NAE_EAA_T-354_Tartu_Tamme_Gumnaasium, lk 87
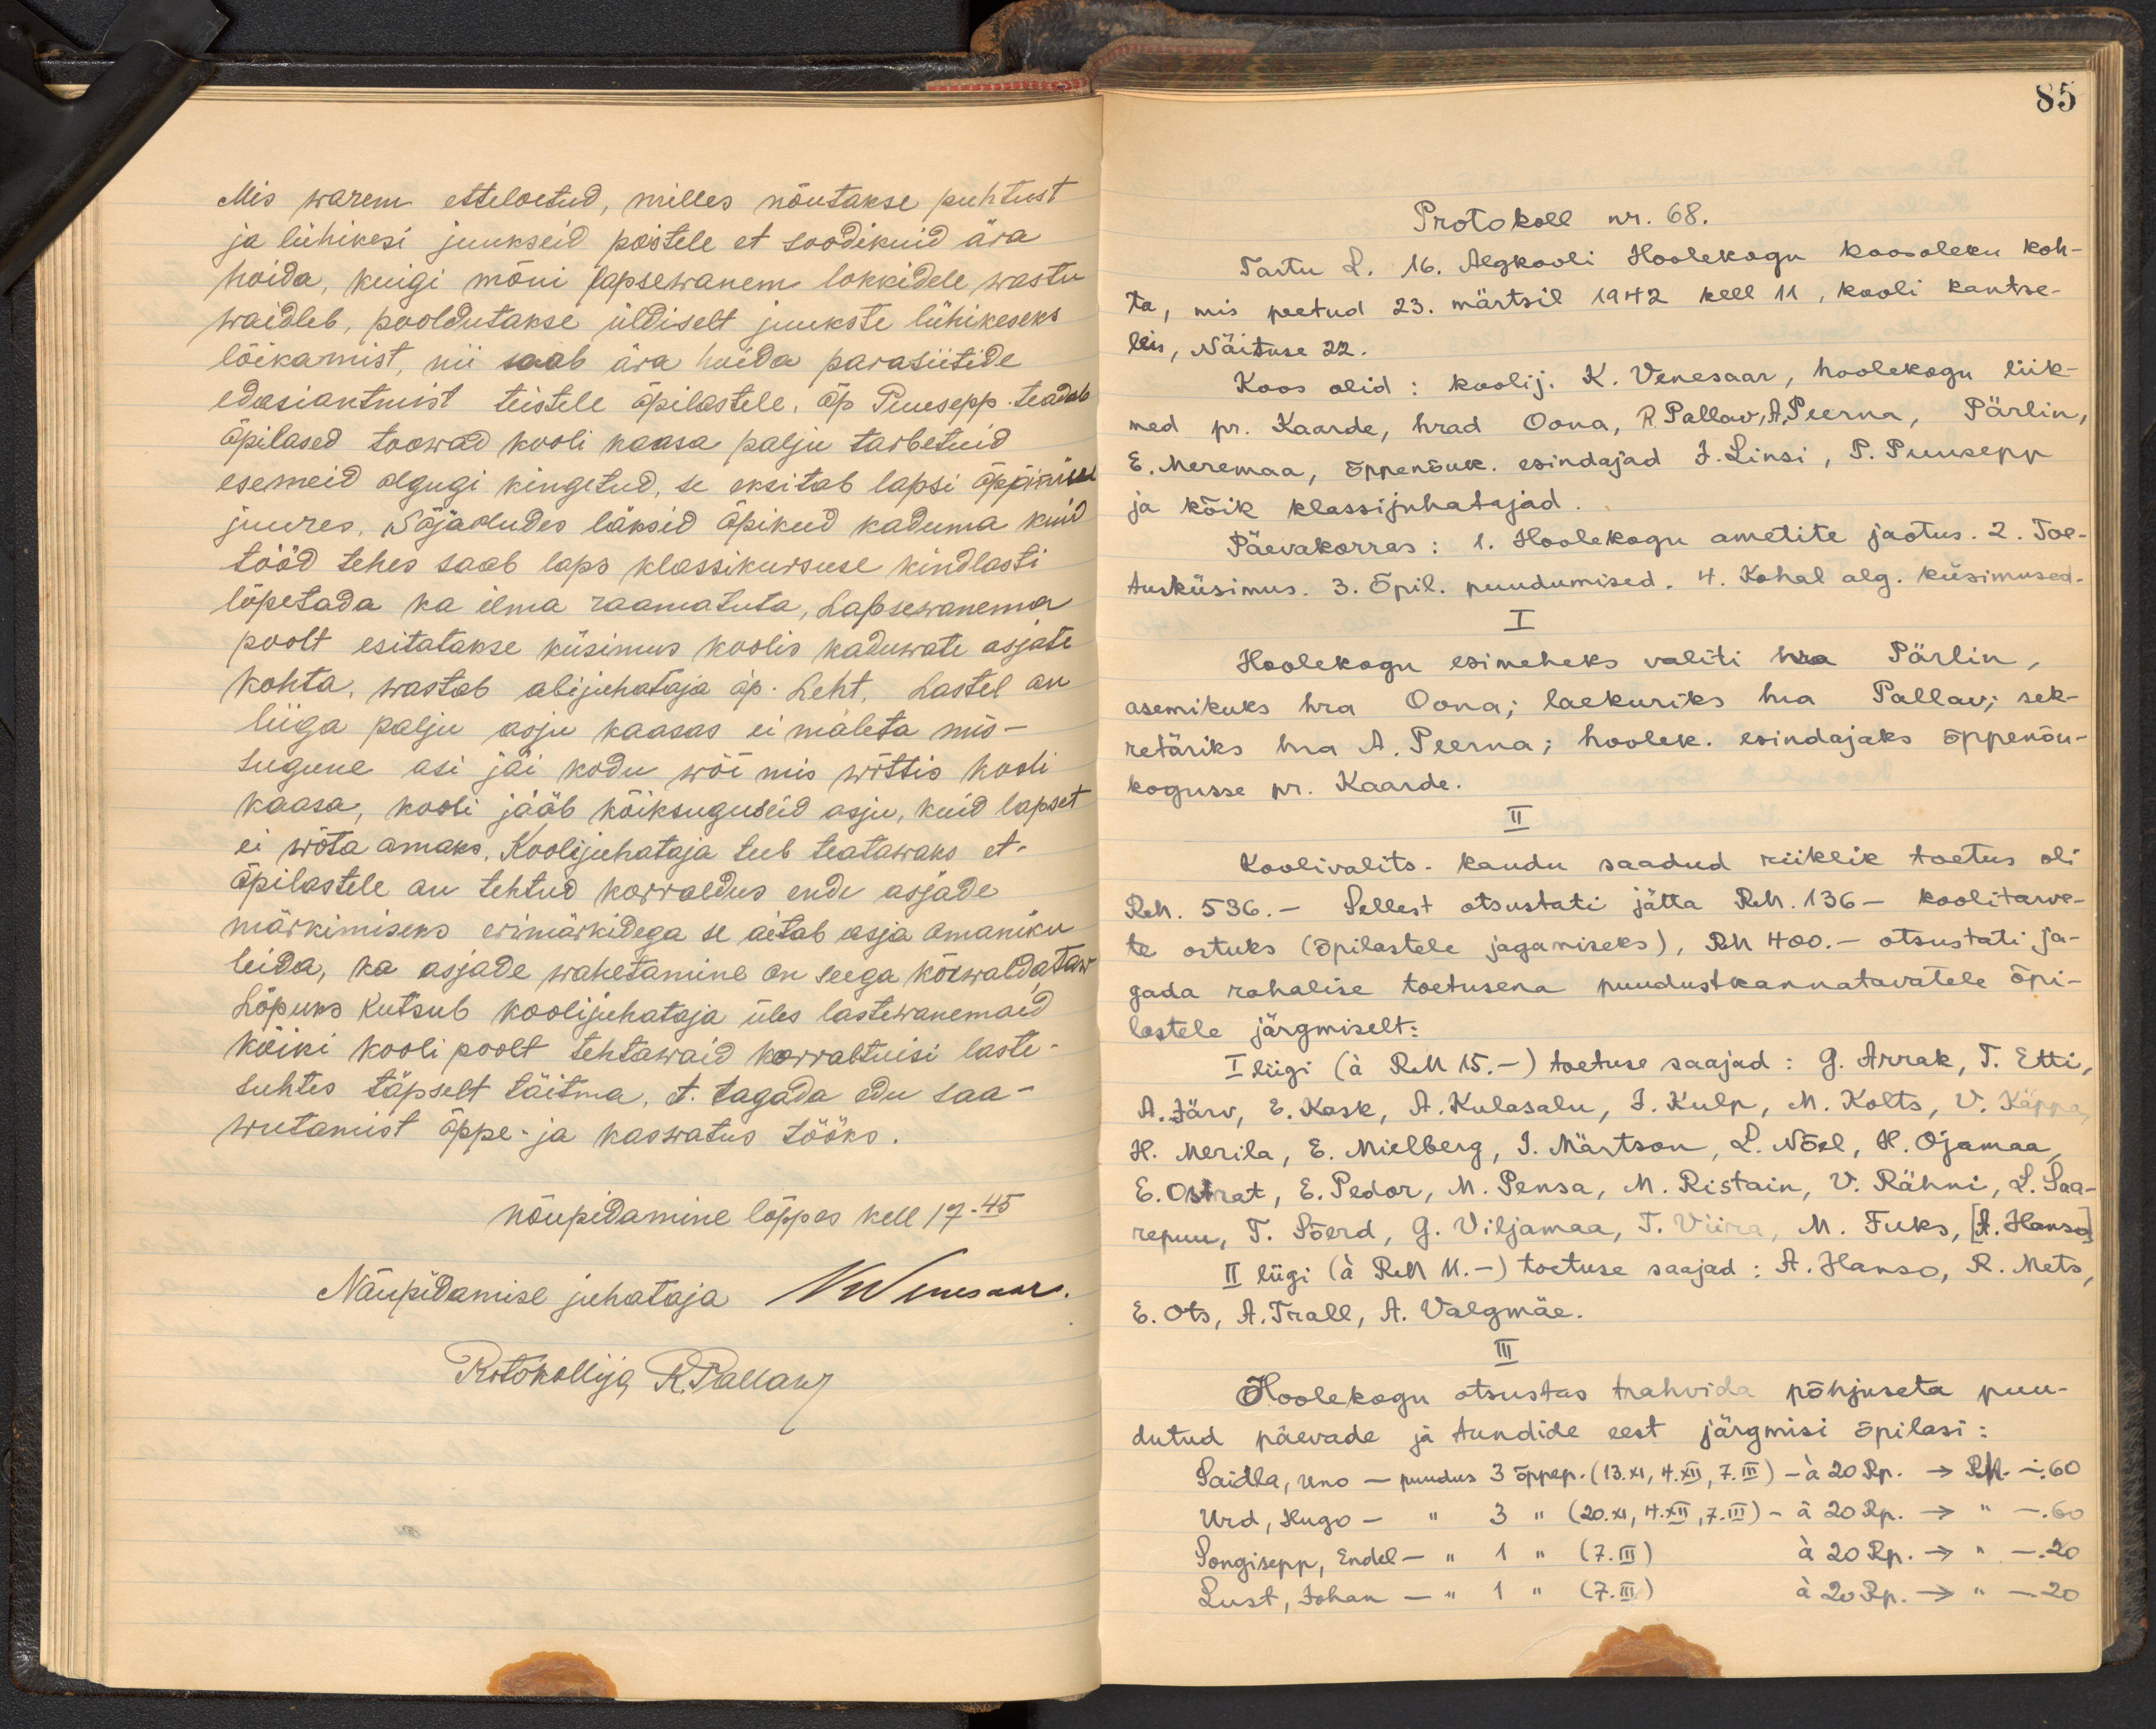
Mis warem etteloetud, milles nõutakse puhtust
ja lühikesi juukseid poistele et soodikuid ära
hoida, kuigi mõni lapsewanem lokkidele wastu
waidleb, pooldutakse üldiselt juukste lühikeseks
lõikamist, nii saab ära hoida parasiitide
edasiantmist teistele õpilastele. Õp Puusepp. teadab
õpilased toowad kooli kaasa palju tarbetuid.
esemeid olgugi kingetud, se eksitab lapsi õppimise
juures. Sõjaoludes läksid õpikud kaduma kuid
tööd tehes saab laps klassikursuse kindlasti
lõpetada ka ilma raamatuta, Lapsewanema
poolt esitatakse küsimus koolis kaduwate asjate
kohta, wastab abijuhataja õp. Leht. Lastel on
liiga palju asju kaasas ei mäleta mis-
sugune asi jäi kodu wõi mis wõttis kooli
kaasa, kooli jääb kõiksuguseid asju, kuid lapset
ei wõta omaks, Koolijuhataja teeb teatawaks et
õpilastele on tehtud korraldus endi asjade
märkimiseks erimärkidega se aitab asja omaniku
leida, ka asjade wahetamine on seega kõrwaldataw
Lõpuks kutsub koolijuhataja üles lastewanemaid
kõiki kooli poolt tehtawaid korraltusi laste-
suhtes täpselt täitma, et tagada edu saa-
wutamist õppe- ja kaswatus tööks.
nõupidamine lõppes kell 17.45
Nõupidamise juhataja Winson.
Protokollija R. Pallant

85
Protokoll nr. 68.
Tartu L. 16. Algkooli Hoolekogu koosoleku koh-
ta, mis peetud 23. märtsil 1942 kell 11, kooli kantse-
leis, Näituse 22.
Koos olid: koolij. K. Venesaar, hoolekogu liik-
med pr. Kaarde, hrad Oona, R. Pallav, A. Peerna, Pärlin,
E. Meremaa, õppenõuk. esindajad J. Linsi, P. Puusepp
ja kõik klassijuhatajad.
Päevakorras: 1. Hoolekogu ametite jaotus. 2. Toe-
tusküsimus. 3. Õpil puudumised. 4. Kohal alg. küsimused.
I
Hoolekogu esimeheks valiti hra Pärlin,
asemikuks hra Oona; laekuriks ma Pallav; sek-
retäriks hra A. Peerna; hoolek. esindajaks õppenõu-
kogusse pr. Kaarde.
II
Koolivalits. kaudu saadud riiklik toetus oli
RM. 536. - Sellest otsustati jätta RM. 136 - koolitarve-
te ostuks (õpilastele jagamiseks), RM 400.- otsustati ja-
gada rahalise toetusena puudustkannatavatele õpi-
lastele järgmiselt:
I liigi (a RM 15.-) toetuse saajad: G. Arrak, T. Etti,
A. Järv, E. Kesk, A. Kulasalu, J. Kulp, M. Kolts, V. Käppa
H. Merila, E. Mielberg, J. Märtson, L. Nõel, H. Ojamaa,
E. Ostrat, E. Pedor, M. Pensa, M. Ristain, V. Rähni, L. Saa-
repuu, T. Sõerd, G. Viljamaa, T. Viira, M. Fuks, [A. Hanso]
II liigi (a RM 11. -) toetuse saajad: A. Hanso, R. Mets,
E. Ots, A. Trall, A. Valgmäe.
III
Hoolekogu otsustas trahvida põhjuseta puu-
dutud päevade ja tundide eest järgmisi õpilasi:
Paidla, Uno - puudus 3 õppep. (13.XI, 4.XII, 7.III) - a 20 Rp. –> RM. -. 60
Urd, Hugo - " 3 " (20.XI, 4.XII,7.III) - a 20 Rp. –> " - .60
Songisepp, Endel - " 1 " (7.III) a 20 Rp. –> " - .20
Lust, Johan - " 1 " (7.III) á 20 Rp. –> " - .20